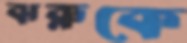
ঝরুকে